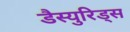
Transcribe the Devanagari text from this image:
डैस्युरिड्स